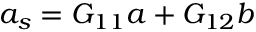
a _ { s } = G _ { 1 1 } a + G _ { 1 2 } b